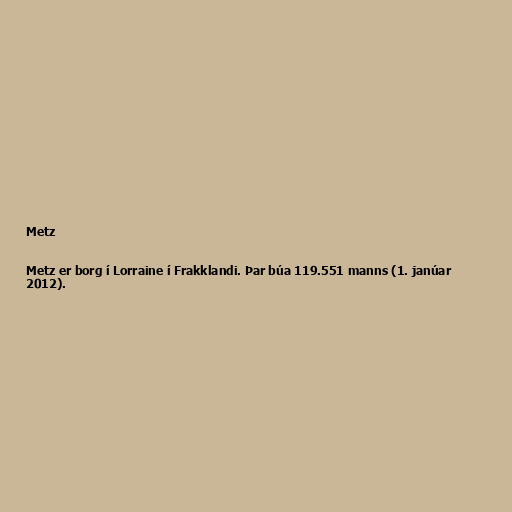
Metz

Metz er borg í Lorraine í Frakklandi. Þar búa 119.551 manns (1. janúar
2012).